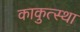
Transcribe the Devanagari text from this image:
काकुत्स्था